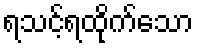
ရသင့်ရထိုက်သော